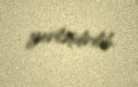
yerləşdirilib.